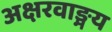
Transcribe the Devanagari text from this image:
अक्षरवाङ्मय